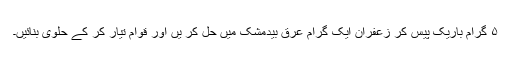
۵ گرام باریک پیس کر زعفران ایک گرام عرق بیدمشک میں حل کر یں اور قوام تیار کر کے حلوٰی بنائیں۔